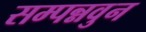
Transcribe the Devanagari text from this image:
सम्पन्नवुन